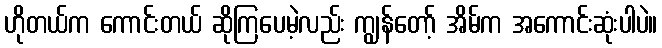
ဟိုတယ်က ကောင်းတယ် ဆိုကြပေမဲ့လည်း ကျွန်တော့် အိမ်က အကောင်းဆုံးပါပဲ။